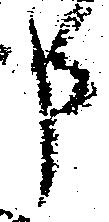
申